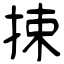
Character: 捒